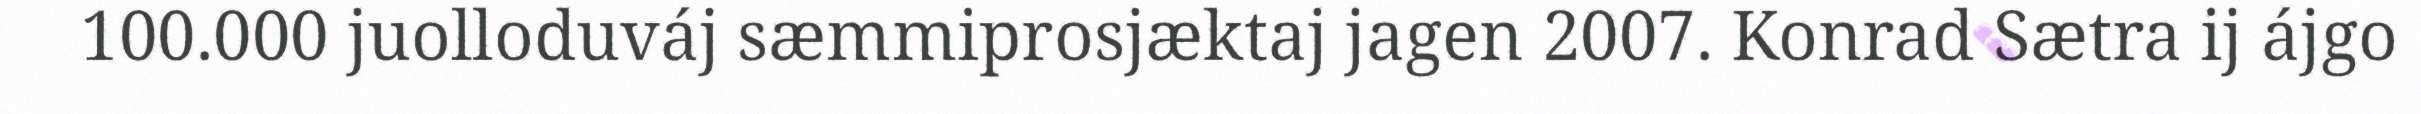
100.000 juolloduváj sæmmiprosjæktaj jagen 2007. Konrad Sætra ij ájgo